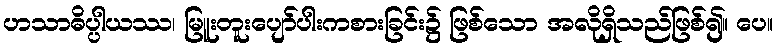
ဟသာဓိပ္ပါယဿ၊ မြူးတူးပျော်ပါးကစားခြင်း၌ ဖြစ်သော အလိုရှိသည်ဖြစ်၍။ ပေ။